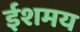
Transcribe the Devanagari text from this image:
ईशमय